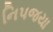
નિપજયા